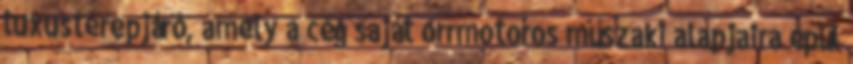
luxusterepjáró, amely a cég saját orrmotoros műszaki alapjaira épül